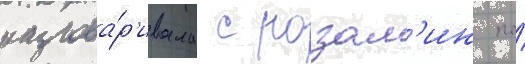
разгова́р'ивала с розал'ин по́